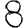
Digit: 8